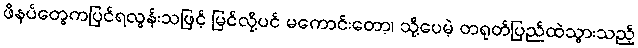
ဖိနပ်တွေကပြင်ရလွန်းသဖြင့် မြင်လို့ပင် မကောင်းတော့၊ သို့ပေမဲ့ တရုတ်ပြည်ထဲသွားသည့်